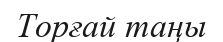
Торғай таңы